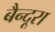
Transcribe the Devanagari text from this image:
बैन्दूरा